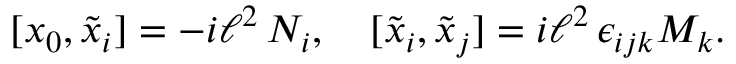
[ x _ { 0 } , \tilde { x } _ { i } ] = - i \ell ^ { 2 } \, N _ { i } , \quad [ \tilde { x } _ { i } , \tilde { x } _ { j } ] = i \ell ^ { 2 } \, \epsilon _ { i j k } M _ { k } .